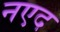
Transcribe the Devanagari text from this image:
नएद